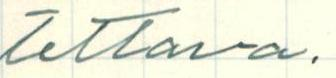
tettava.